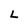
Character: L